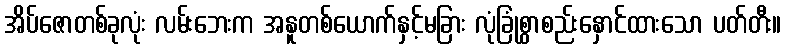
အိပ်ဇောတစ်ခုလုံး လမ်းဘေးက အနူတစ်ယောက်နှင့်မခြား လုံခြုံစွာစည်းနှောင်ထားသော ပတ်တီး။